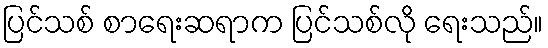
ပြင်သစ် စာရေးဆရာက ပြင်သစ်လို ရေးသည်။